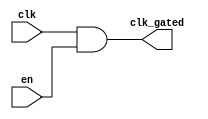
module static_clock_gating (
    input wire clk,            // Primary clock signal
    input wire en,             // Enable signal for clock gating
    output wire clk_gated      // Gated clock signal
);

// Gating logic: CLK_GATED is the output of the AND gate between the primary clock and enable signal.
assign clk_gated = clk & en;

endmodule